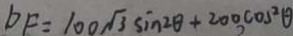
D F = 1 0 0 \sqrt { 3 } \sin 2 \theta + 2 0 0 \cos ^ { 2 } \theta